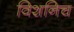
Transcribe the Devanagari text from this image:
विशनिच